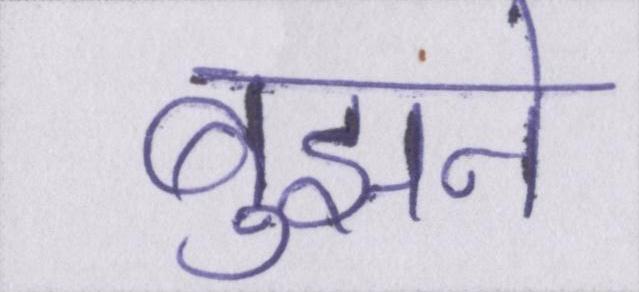
बुझने